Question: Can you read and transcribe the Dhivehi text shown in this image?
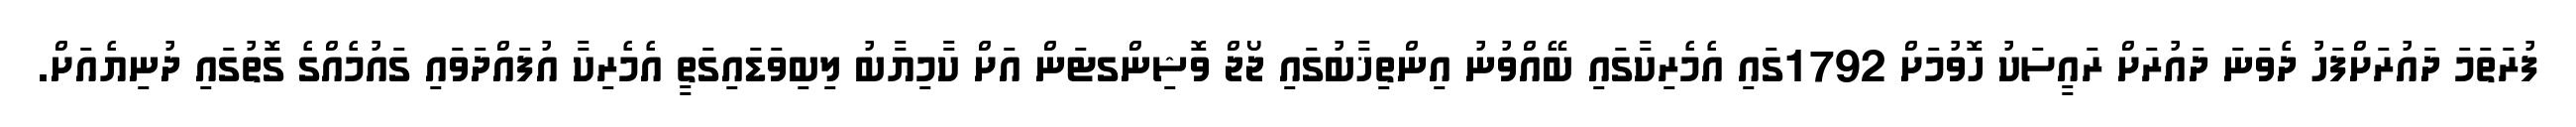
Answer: ފުރަތަމަ ދައުރަށްފަހު ދެވަނަ ދައުރަށް ރައީސަކު ހޮވުމަށް 1792ގައި އެމެރިކާގައި ބޭއްވުނު އިންތިޚާބުގައި ޖޯޖް ވޮޝިންގޓަން އަށް ކާމިޔާބު ލިބިވަޑައިގަތީ އެމެރިކާ އުފައްދަވައި ގައުމެއްގެ ގޮތުގައި ދުނިޔެއަށް.